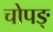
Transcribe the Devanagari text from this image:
चोपङ्